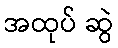
အထုပ် ဆွဲ